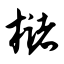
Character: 槠